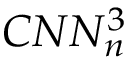
C N N _ { n } ^ { 3 }